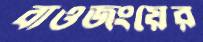
বাওজংয়ের